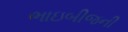
ભાઇબીજની